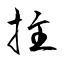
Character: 拄